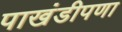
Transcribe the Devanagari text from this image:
पाखंडीपणा